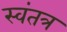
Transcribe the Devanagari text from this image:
स्‍वंतत्र